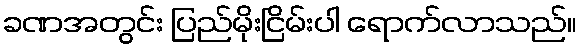
ခဏအတွင်း ပြည်မိုးငြိမ်းပါ ရောက်လာသည်။